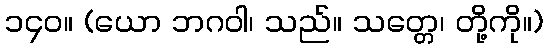
၁၄၀။ (ယော ဘဂဝါ၊ သည်။ သတ္တေ၊ တို့ကို။)